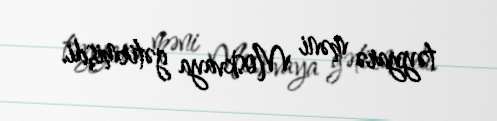
təyyarə məni Moskvaya gətirmişdi.